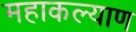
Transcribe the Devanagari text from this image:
महाकल्याण